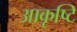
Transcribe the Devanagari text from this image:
आकृष्टि